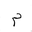
Letter: _mim